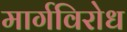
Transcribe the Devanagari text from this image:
मार्गविरोध